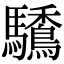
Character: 𩧒